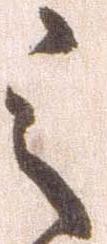
之